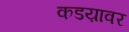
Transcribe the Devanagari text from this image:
कडय़ावर